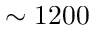
\sim 1 2 0 0